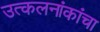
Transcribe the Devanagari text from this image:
उत्कलनांकांचा